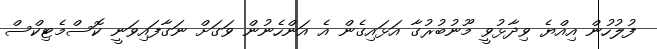
ފުލުހުން އިއްޔެ ވިދާޅުވީ މޫނުބުރުގާ އަޅައިގެން އެ އަންހެނުން ވަގަށް ނަގާފައިވަނީ ކޮސްމެޓިކްސް